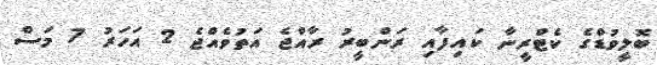
ބޮލީވުޑްގެ ކެޓްރީނާ ކަައިފާއި ރަންބީރު ރާއްޖެ އަތުވެއްޖެ 2 އަހަރު 7 މަސް